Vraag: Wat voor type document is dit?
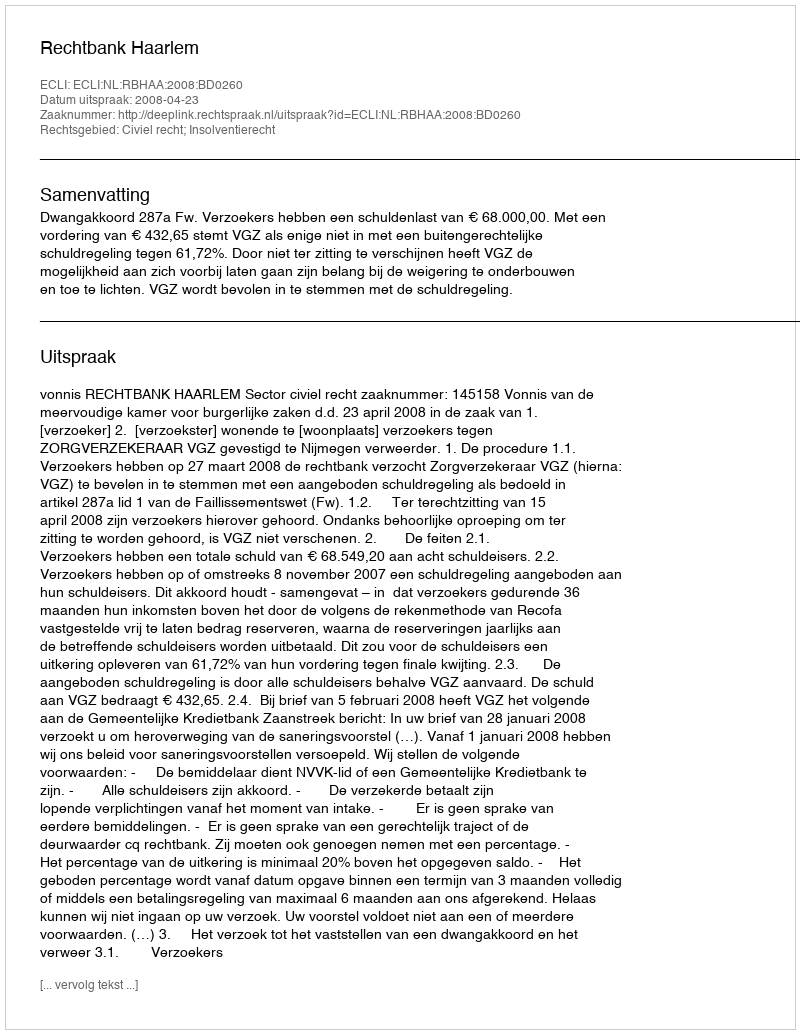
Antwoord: Uitspraak